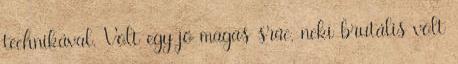
technikával. Volt egy jó magas srác, neki brutális volt